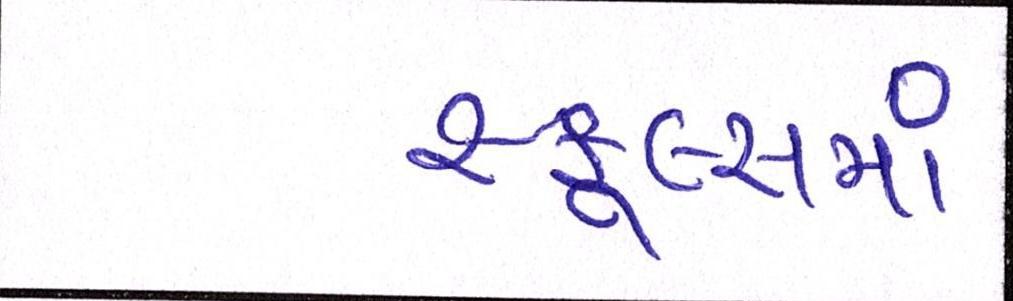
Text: સ્કૂલ્સમાં